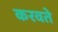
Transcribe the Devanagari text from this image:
करवते